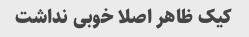
کیک ظاهر اصلا خوبی نداشت